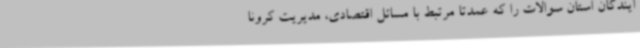
ایندگان استان سوالات را که عمدتا مرتبط با مسائل اقتصادی، مدیریت کرونا